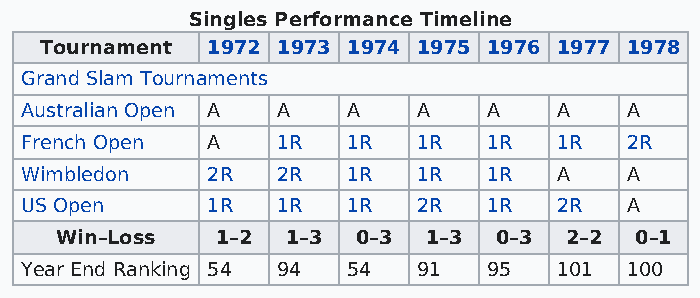
Singles Performance Timeline
 Tournament 1972 1973 1974 1975 1976 1977 1978
 Grand Slam Tournaments
 Australian Open A A   A    A   A    A    A
 French Open  A   1R   1R   1R  1R   1R   2R
 Wimbledon    2R  2R   1R   1R  1R   A    A
 US Open      1R  1R   1R   2R  1R   2R   A
 Win–Loss  1–2  1–3  0–3 1–3  0–3 2–2  0–1
 Year End Ranking 54 94 54  91  95   101  100